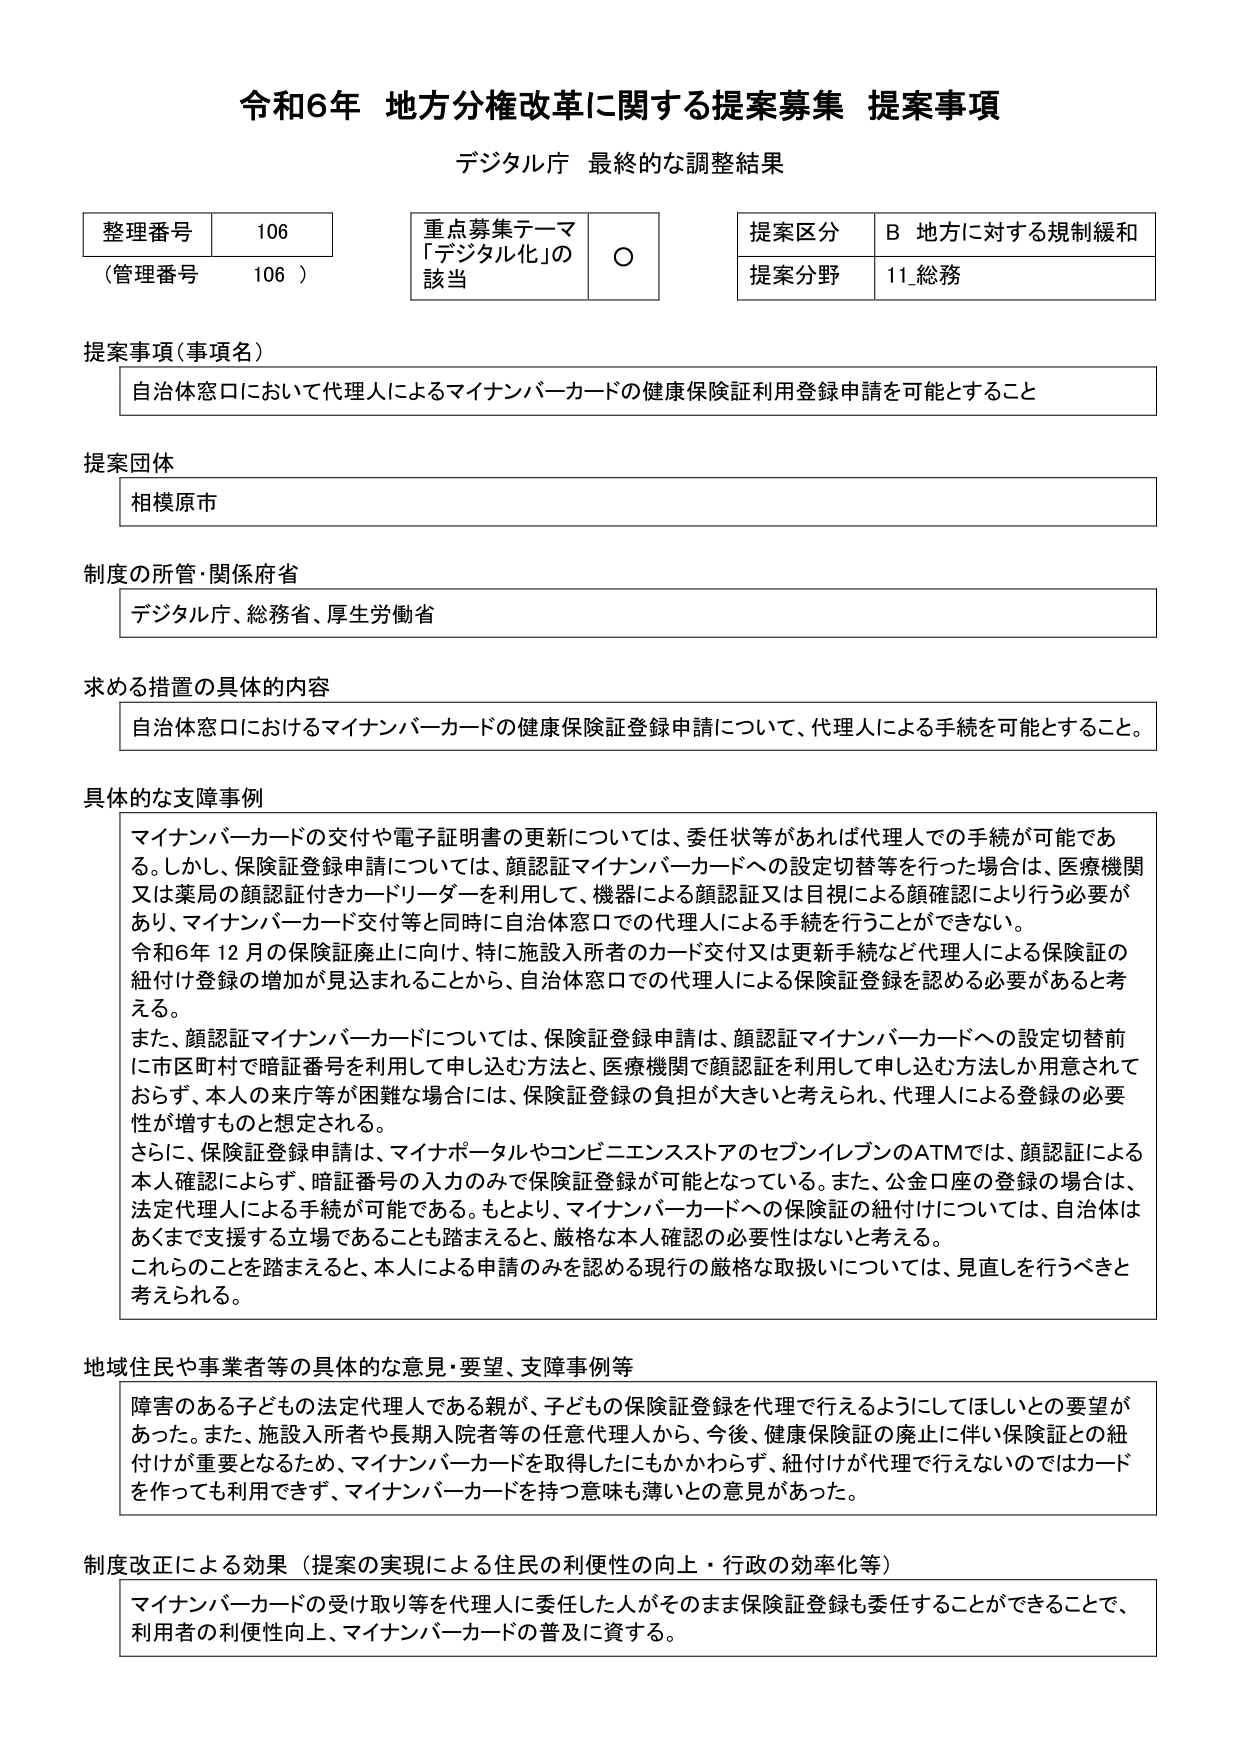
令和6年 地方分権改革に関する提案募集 提案事項
デジタル庁 最終的な調整結果

整理番号 106
（管理番号 106）

重点募集テーマ
「デジタル化」の
該当 ○

提案区分 B 地方に対する規制緩和
提案分野 11 総務

提案事項（事項名）
自治体窓口において代理人によるマイナンバーカードの健康保険証利用登録申請を可能とすること

提案団体
相模原市

制度の所管・関係府省
デジタル庁、総務省、厚生労働省

求める措置の具体的内容
自治体窓口におけるマイナンバーカードの健康保険証登録申請について、代理人による手続を可能とすること。

具体的な支障事例
マイナンバーカードの交付や電子証明書の更新については、委任状等があれば代理人での手続が可能である。しかし、保険証登録申請については、顔認証マイナンバーカードへの設定切替等を行った場合は、医療機関又は薬局の顔認証付きカードリーダーを利用して、機器による顔認証又は目視による顔確認により行う必要があり、マイナンバーカード交付等と同時に自治体窓口での代理人による手続を行うことができない。
令和6年12月の保険証廃止に向け、特に施設入所者のカード交付又は更新手続など代理人による保険証の紐付け登録の増加が見込まれることから、自治体窓口での代理人による保険証登録を認める必要があると考える。
また、顔認証マイナンバーカードについては、保険証登録申請は、顔認証マイナンバーカードへの設定切替前に市区町村で暗証番号を利用して申し込む方法と、医療機関で顔認証を利用して申し込む方法しか用意されておらず、本人の来庁等が困難な場合には、保険証登録の負担が大きいと考えられ、代理人による登録の必要性が増すものと想定される。
さらに、保険証登録申請は、マイナポータルやコンビニエンスストアのセブンイレブンのATMでは、顔認証による本人確認によらず、暗証番号の入力のみで保険証登録が可能となっている。また、公金口座の登録の場合は、法定代理人による手続が可能である。もとより、マイナンバーカードへの保険証の紐付けについては、自治体はあくまで支援する立場であることも踏まえると、厳格な本人確認の必要性はないと考える。
これらのことを見据えると、本人による申請のみを認める現行の厳格な取扱いについては、見直しを行うべきと考えられる。

地域住民や事業者等の具体的な意見・要望、支障事例等
障害のある子どもの法定代理人である親が、子どもの保険証登録を代理で行えるようにしてほしいとの要望があった。また、施設入所者や長期入院者等の任意代理人から、今後、健康保険証の廃止に伴い保険証との紐付けが重要となるため、マイナンバーカードを取得したにもかかわらず、紐付けが代理で行えないのではカードを作っても利用できず、マイナンバーカードを持つ意味も薄いとの意見があった。

制度改正による効果（提案の実現による住民の利便性の向上・行政の効率化等）
マイナンバーカードの受け取り等を代理人に委任した人がそのまま保険証登録も委任することができることで、利用者の利便性向上、マイナンバーカードの普及に資する。